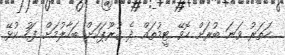
ހަތަރު ވަނަ ބުރަށް ހޮވޭ ޓީމުތައް ދެ ގުރޫޕަކަށް ބަހާލުމަށް ފަހު ކުޅޭ